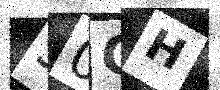
Text: 30CH